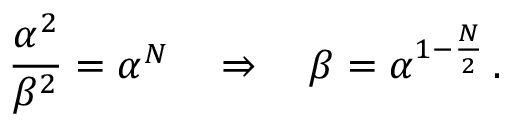
{ \frac { \alpha ^ { 2 } } { \beta ^ { 2 } } } = \alpha ^ { N } \quad \Rightarrow \quad \beta = \alpha ^ { 1 - { \frac { N } { 2 } } } \, .